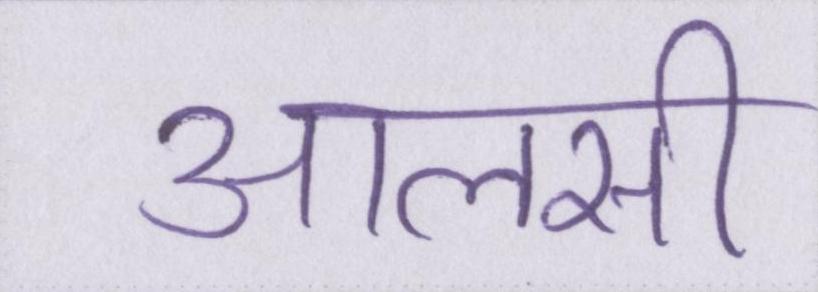
आलसी